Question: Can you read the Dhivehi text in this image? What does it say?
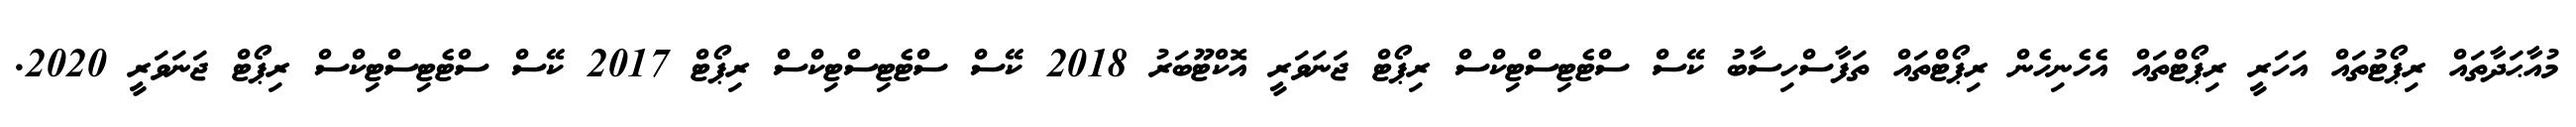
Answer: މުއާޙަދާތައް ރިޕޯޓުތައް އަހަރީ ރިޕޯޓްތައް އެހެނިހެން ރިޕޯޓްތައް ތަފާސްހިސާބު ކޭސް ސްޓެޓިސްޓިކްސް ރިޕޯޓް ޖަނަވަރީ އޮކްޓޫބަރު 2018 ކޭސް ސްޓެޓިސްޓިކްސް ރިޕޯޓް 2017 ކޭސް ސްޓެޓިސްޓިކްސް ރިޕޯޓް ޖަނަވަރީ 2020.